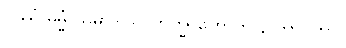
ဝိဿံ ဓမ္မံ သမာဒါယ၊ ဘိက္ခု ဟောတိ န တာဝတာ။